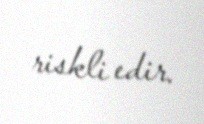
riskli edir.